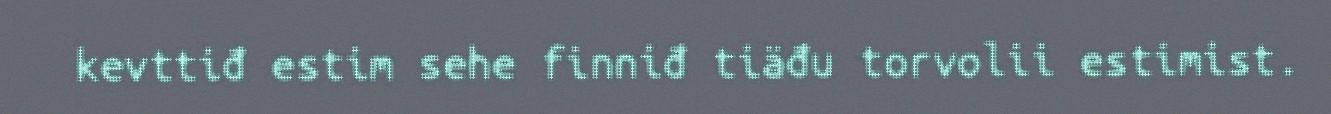
kevttiđ estim sehe finniđ tiäđu torvolii estimist.